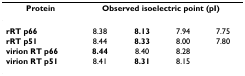
<table><thead><tr><td><b>Protein</b></td><td colspan="4"><b>Observed isoelectric point (pI)</b></td></tr></thead><tbody><tr><td><b>rRT p66</b></td><td>8.38</td><td><b>8.13</b></td><td>7.94</td><td>7.75</td></tr><tr><td><b>rRT p51</b></td><td>8.44</td><td><b>8.33</b></td><td>8.00</td><td>7.80</td></tr><tr><td><b>virion RT p66</b></td><td><b>8.44</b></td><td>8.40</td><td>8.28</td><td></td></tr><tr><td><b>virion RT p51</b></td><td>8.41</td><td><b>8.31</b></td><td>8.15</td><td></td></tr></tbody></table>